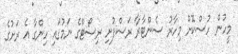
މީހުން ހުސްކޮށް މިހާރު ސެންޓާރާ ރަސްފުށި ރިސޯޓްގެ ނަމުގައި ހިންގާ އެ ރަށުގެ